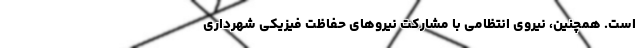
است. همچنین، نیروی انتظامی با مشارکت نیروهای حفاظت فیزیکی شهرداری